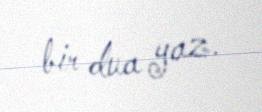
bir dua yaz.